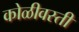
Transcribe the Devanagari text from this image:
कोळीवस्ती